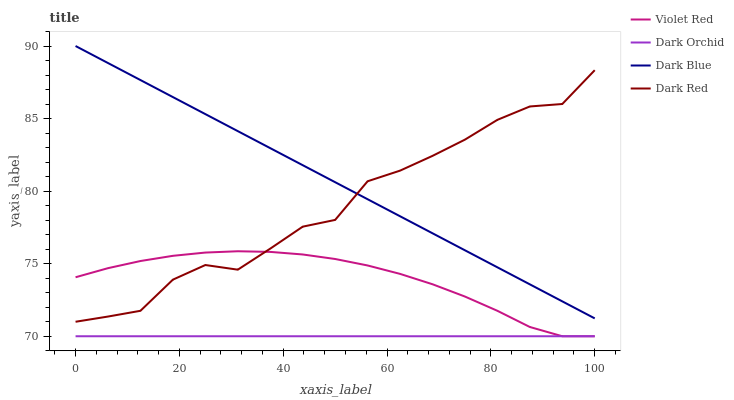
| xaxis_label | Violet Red | Dark Orchid | Dark Blue | Dark Red |
 | --- | --- | --- | --- | --- |
 | 0 | 74.1 | 70 | 90 | 71 |
 | 6.25 | 74.7 | 70 | 88.8 | 71.4 |
 | 12.5 | 75.2 | 70 | 87.7 | 71.8 |
 | 18.8 | 75.5 | 70 | 86.5 | 73.9 |
 | 25 | 75.8 | 70 | 85.3 | 74.9 |
 | 31.2 | 75.9 | 70 | 84.1 | 74.6 |
 | 37.5 | 75.8 | 70 | 83 | 76 |
 | 43.8 | 75.6 | 70 | 81.8 | 77.6 |
 | 50 | 75.3 | 70 | 80.6 | 78 |
 | 56.2 | 74.9 | 70 | 79.4 | 80.7 |
 | 62.5 | 74.3 | 70 | 78.3 | 81.4 |
 | 68.8 | 73.6 | 70 | 77.1 | 82.4 |
 | 75 | 72.7 | 70 | 75.9 | 83.5 |
 | 81.2 | 71.8 | 70 | 74.7 | 84.9 |
 | 87.5 | 70.6 | 70 | 73.6 | 85.8 |
 | 93.8 | 70 | 70 | 72.4 | 86 |
 | 100 | 70 | 70 | 71.2 | 88.3 |